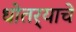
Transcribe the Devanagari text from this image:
धोतर्‍याचे